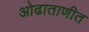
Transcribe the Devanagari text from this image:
ओढाताणीत